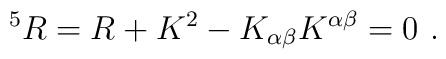
^5R = R + K^2 - K_{\alpha\beta}K^{\alpha\beta} = 0 ~.